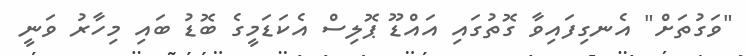
"ވަގުތަށް" އެނގިފައިވާ ގޮތުގައި އައްޑޫ ޕޮލިސް އެކަޑަމީގެ ބޮޑު ބައި މިހާރު ވަނީ